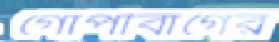
গোপীবাগের